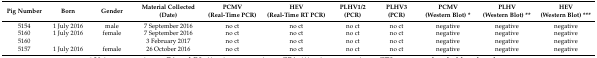
| Pig Number | Born | Gender | Material Collected (Date) | PCMV (Real-Time PCR) | HEV (Real-Time RT PCR) | PLHV1/2 (PCR) | PLHV3 (PCR) | PCMV (Western Blot) * | PLHV (Western Blot) ** | HEV (Western Blot) *** |
 | --- | --- | --- | --- | --- | --- | --- | --- | --- | --- | --- |
 | 5154 | 1 July 2016 | male | 7 September 2016 | no ct | no ct | no ct | no ct | negative | negative | negative |
 | 5160 | 1 July 2016 | female | 7 September 2016 | no ct | no ct | no ct | no ct | negative | negative | negative |
 | 5160 |  |  | 3 February 2017 | no ct | no ct | no ct | no ct | negative | negative | negative |
 | 5157 | 1 July 2016 | female | 26 October 2016 | no ct | no ct | no ct | no ct | negative | negative | negative |